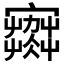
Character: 𡫾